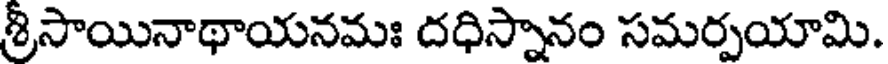
శ్రీసాయినాథాయనమః దధిస్నానం సమర్పయామి.